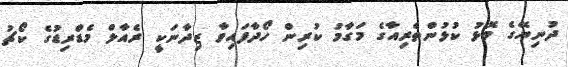
ދުނިޔޭގެ މޮޅު ކުޅުންތެރިއާގެ މަގާމު ކުރިން ހޯދާފައިވާ ޒިދާނަކީ ރެއާލް މެޑްރިޑުގެ ކޯޗު